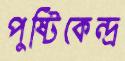
পুষ্টিকেন্দ্র